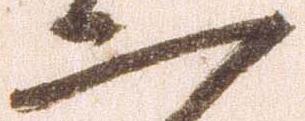
二